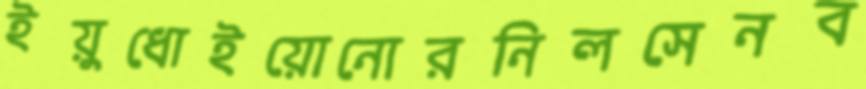
ইয়ুধোইয়োনোরনিলসেনব